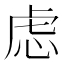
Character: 虑